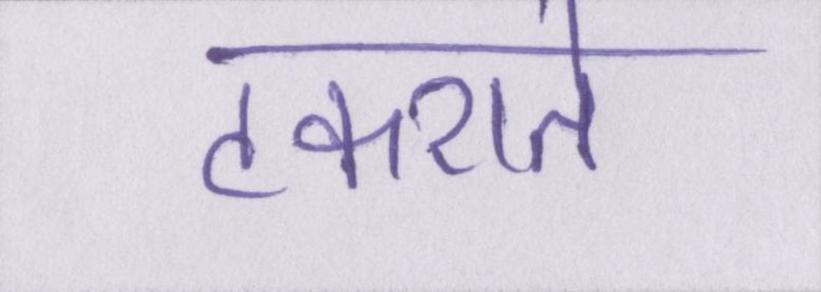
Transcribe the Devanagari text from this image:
टकराते